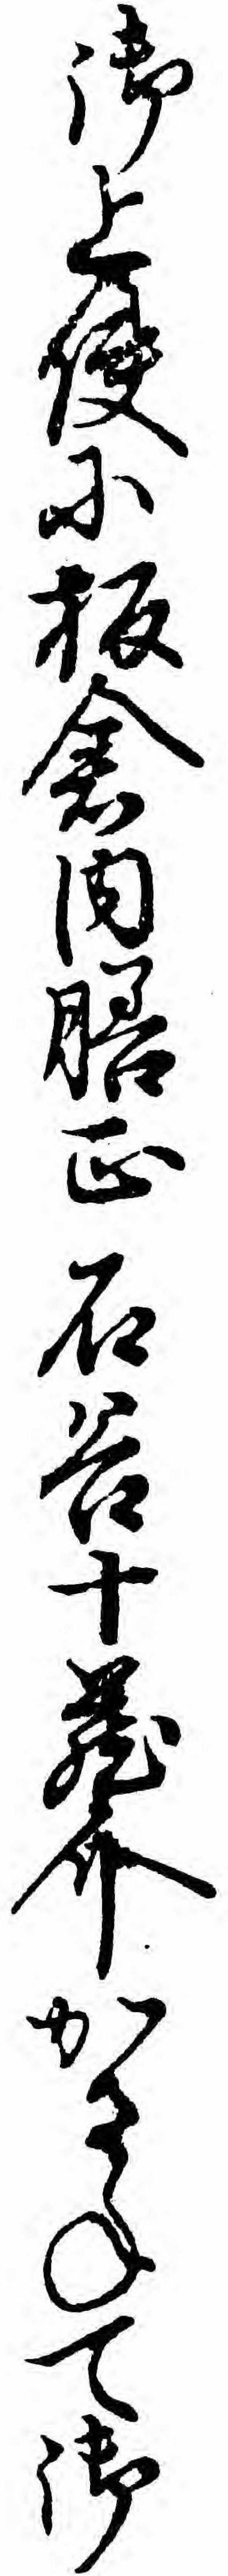
御上使に板倉内膳正石谷十蔵介かさねて御